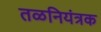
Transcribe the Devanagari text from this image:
तळनियंत्रक